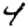
Digit: 4